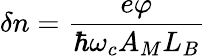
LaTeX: \delta n={\frac{e\varphi}{\hbar\omega_{c}A_{M}L_{B}}}